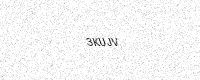
Text: 3KUJV